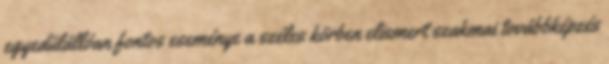
egyedülállóan fontos eseménye a széles körben elismert szakmai továbbképzés